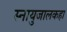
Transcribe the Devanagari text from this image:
स्नायुजालकहा